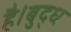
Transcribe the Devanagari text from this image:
है।बुद्ध